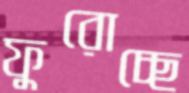
ফুরোচ্ছে